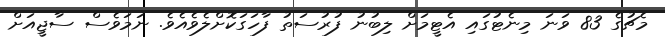
މެޗުގެ 83 ވަނަ މިނެޓުގައި އެޓީމަށް ލިބުނު ފުރުސަތު ފާހަގަކޮށްލެވެއެވެ. ނަމަވެސް ސާޖީއަށް